Annual administration report of the Civil Veterinary Department, Sind - 1941-1942
Year: 1941
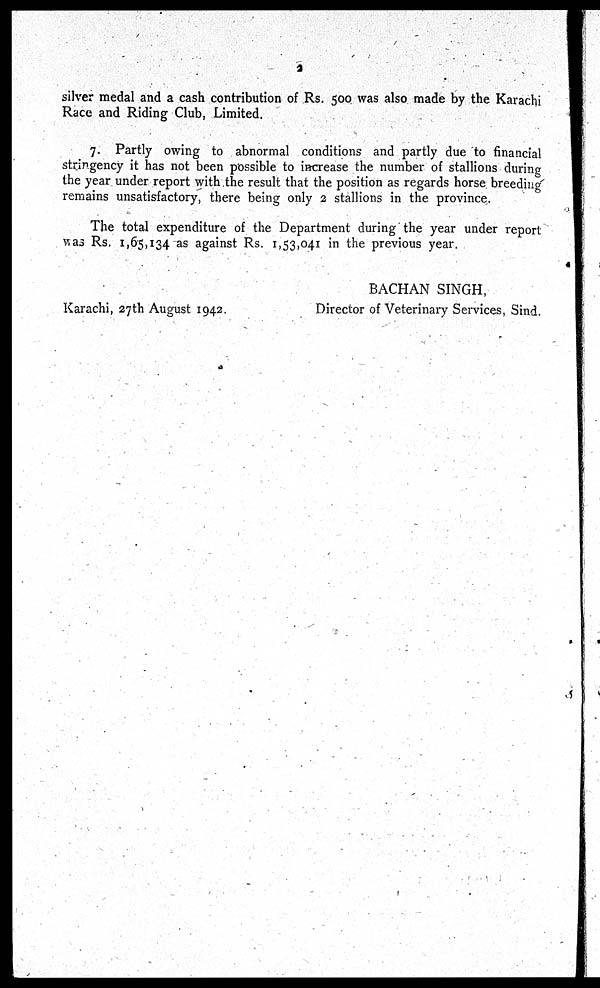
2
silver medal and a cash contribution of Rs. 500 was also made by the Karachi
Race and Riding Club, Limited.
7. Partly owing to abnormal conditions and partly due to financial
stringency it has not been possible to increase the number of stallions during
the year under report with the result that the position as regards horse breeding
remains unsatisfactory, there being only 2 stallions in the province.
The total expenditure of the Department during the year under report
was Rs. 1,65,134 as against Rs. 1,53,041 in the previous year.
Karachi, 27th August 1942.
BACHAN SINGH,
Director of Veterinary Services, Sind.